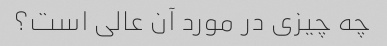
چه چیزی در مورد آن عالی است؟